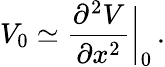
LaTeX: V_{0}\simeq{\frac{\partial^{2}V}{\partial x^{2}}}\bigg|_{0}\, .